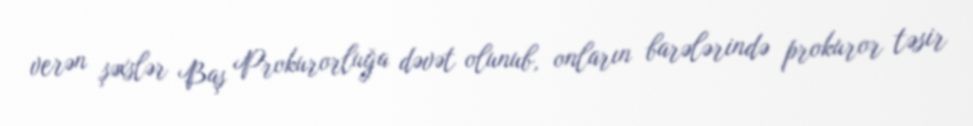
verən şəxslər Baş Prokurorluğa dəvət olunub, onların barələrində prokuror təsir